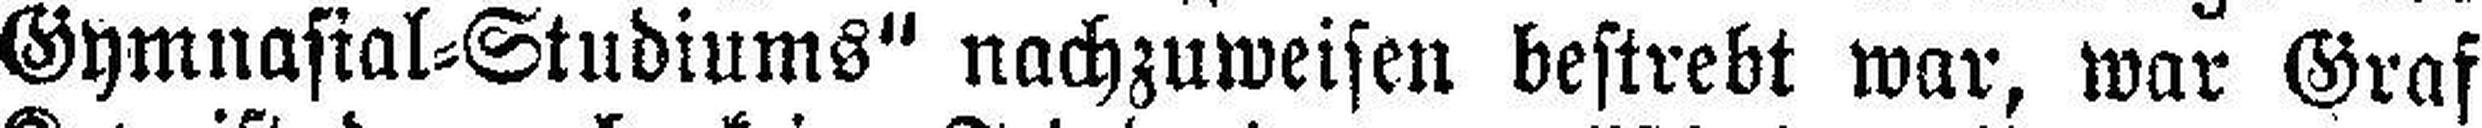
Gymnasial=Studiums" nachzuweisen bestrebt war, war Graf